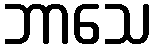
ဘာသေ